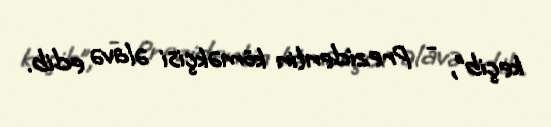
keçib”, - Prezidentin köməkçisi əlavə edib.